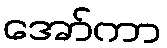
အော်ကာ